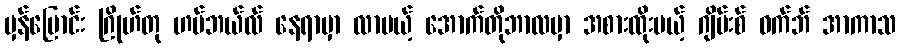
မှန်ပြောင်း ဂြိုဟ်တု ဟပ်ဘယ်လ် နေရာမှာ လာမယ့် အောက်တိုဘာလမှာ အစားထိုးမယ့် ဂျိမ်းစ် ဝက်ဘ် အာကာသ